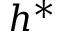
h ^ { * }